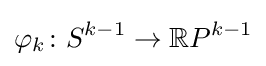
\varphi _{k}\colon S^{k-1}\to \mathbb {R} P^{k-1}